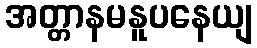
အတ္တာနမနူပနေယျ